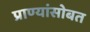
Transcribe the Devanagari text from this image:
प्राण्यांसोबत